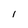
Character: 1